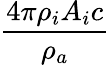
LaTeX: \frac{4\pi\rho_{i}A_{i}c}{\rho_{a}}